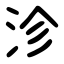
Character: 沴